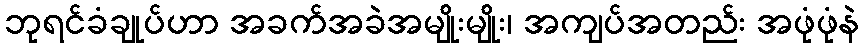
ဘုရင်ခံချုပ်ဟာ အခက်အခဲအမျိုးမျိုး၊ အကျပ်အတည်း အဖုံဖုံနဲ